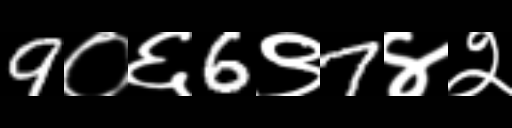
Text: 9०६6९7४२